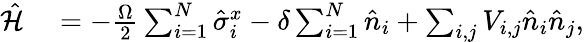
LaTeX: \begin{array}{rl}{\hat{\mathcal{H}}}&{{}=-\frac{\Omega}{2}\sum_{i=1}^{N}\hat{\sigma}_{i}^{x}-\delta\sum_{i=1}^{N}\hat{n}_{i}+\sum_{i,j}V_{i,j}\hat{n}_{i}\hat{n}_{j},}\end{array}